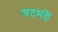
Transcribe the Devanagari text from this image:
घटमठे